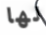
لها